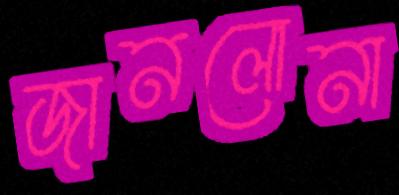
জানলোনা